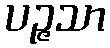
ပဉ္ဇသာ